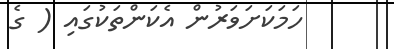
ހަމަކަށަވަރުން އެކަންތަކުގައި ( ގެ